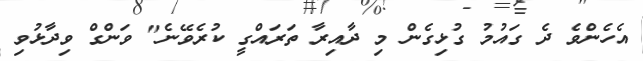
އެހެންވެ ދެ ގައުމު ގުޅިގެން މި ދާއިރާ ތަރައްގީ ކުރެވޭނެ" ވަންގް ވިދާޅުވި